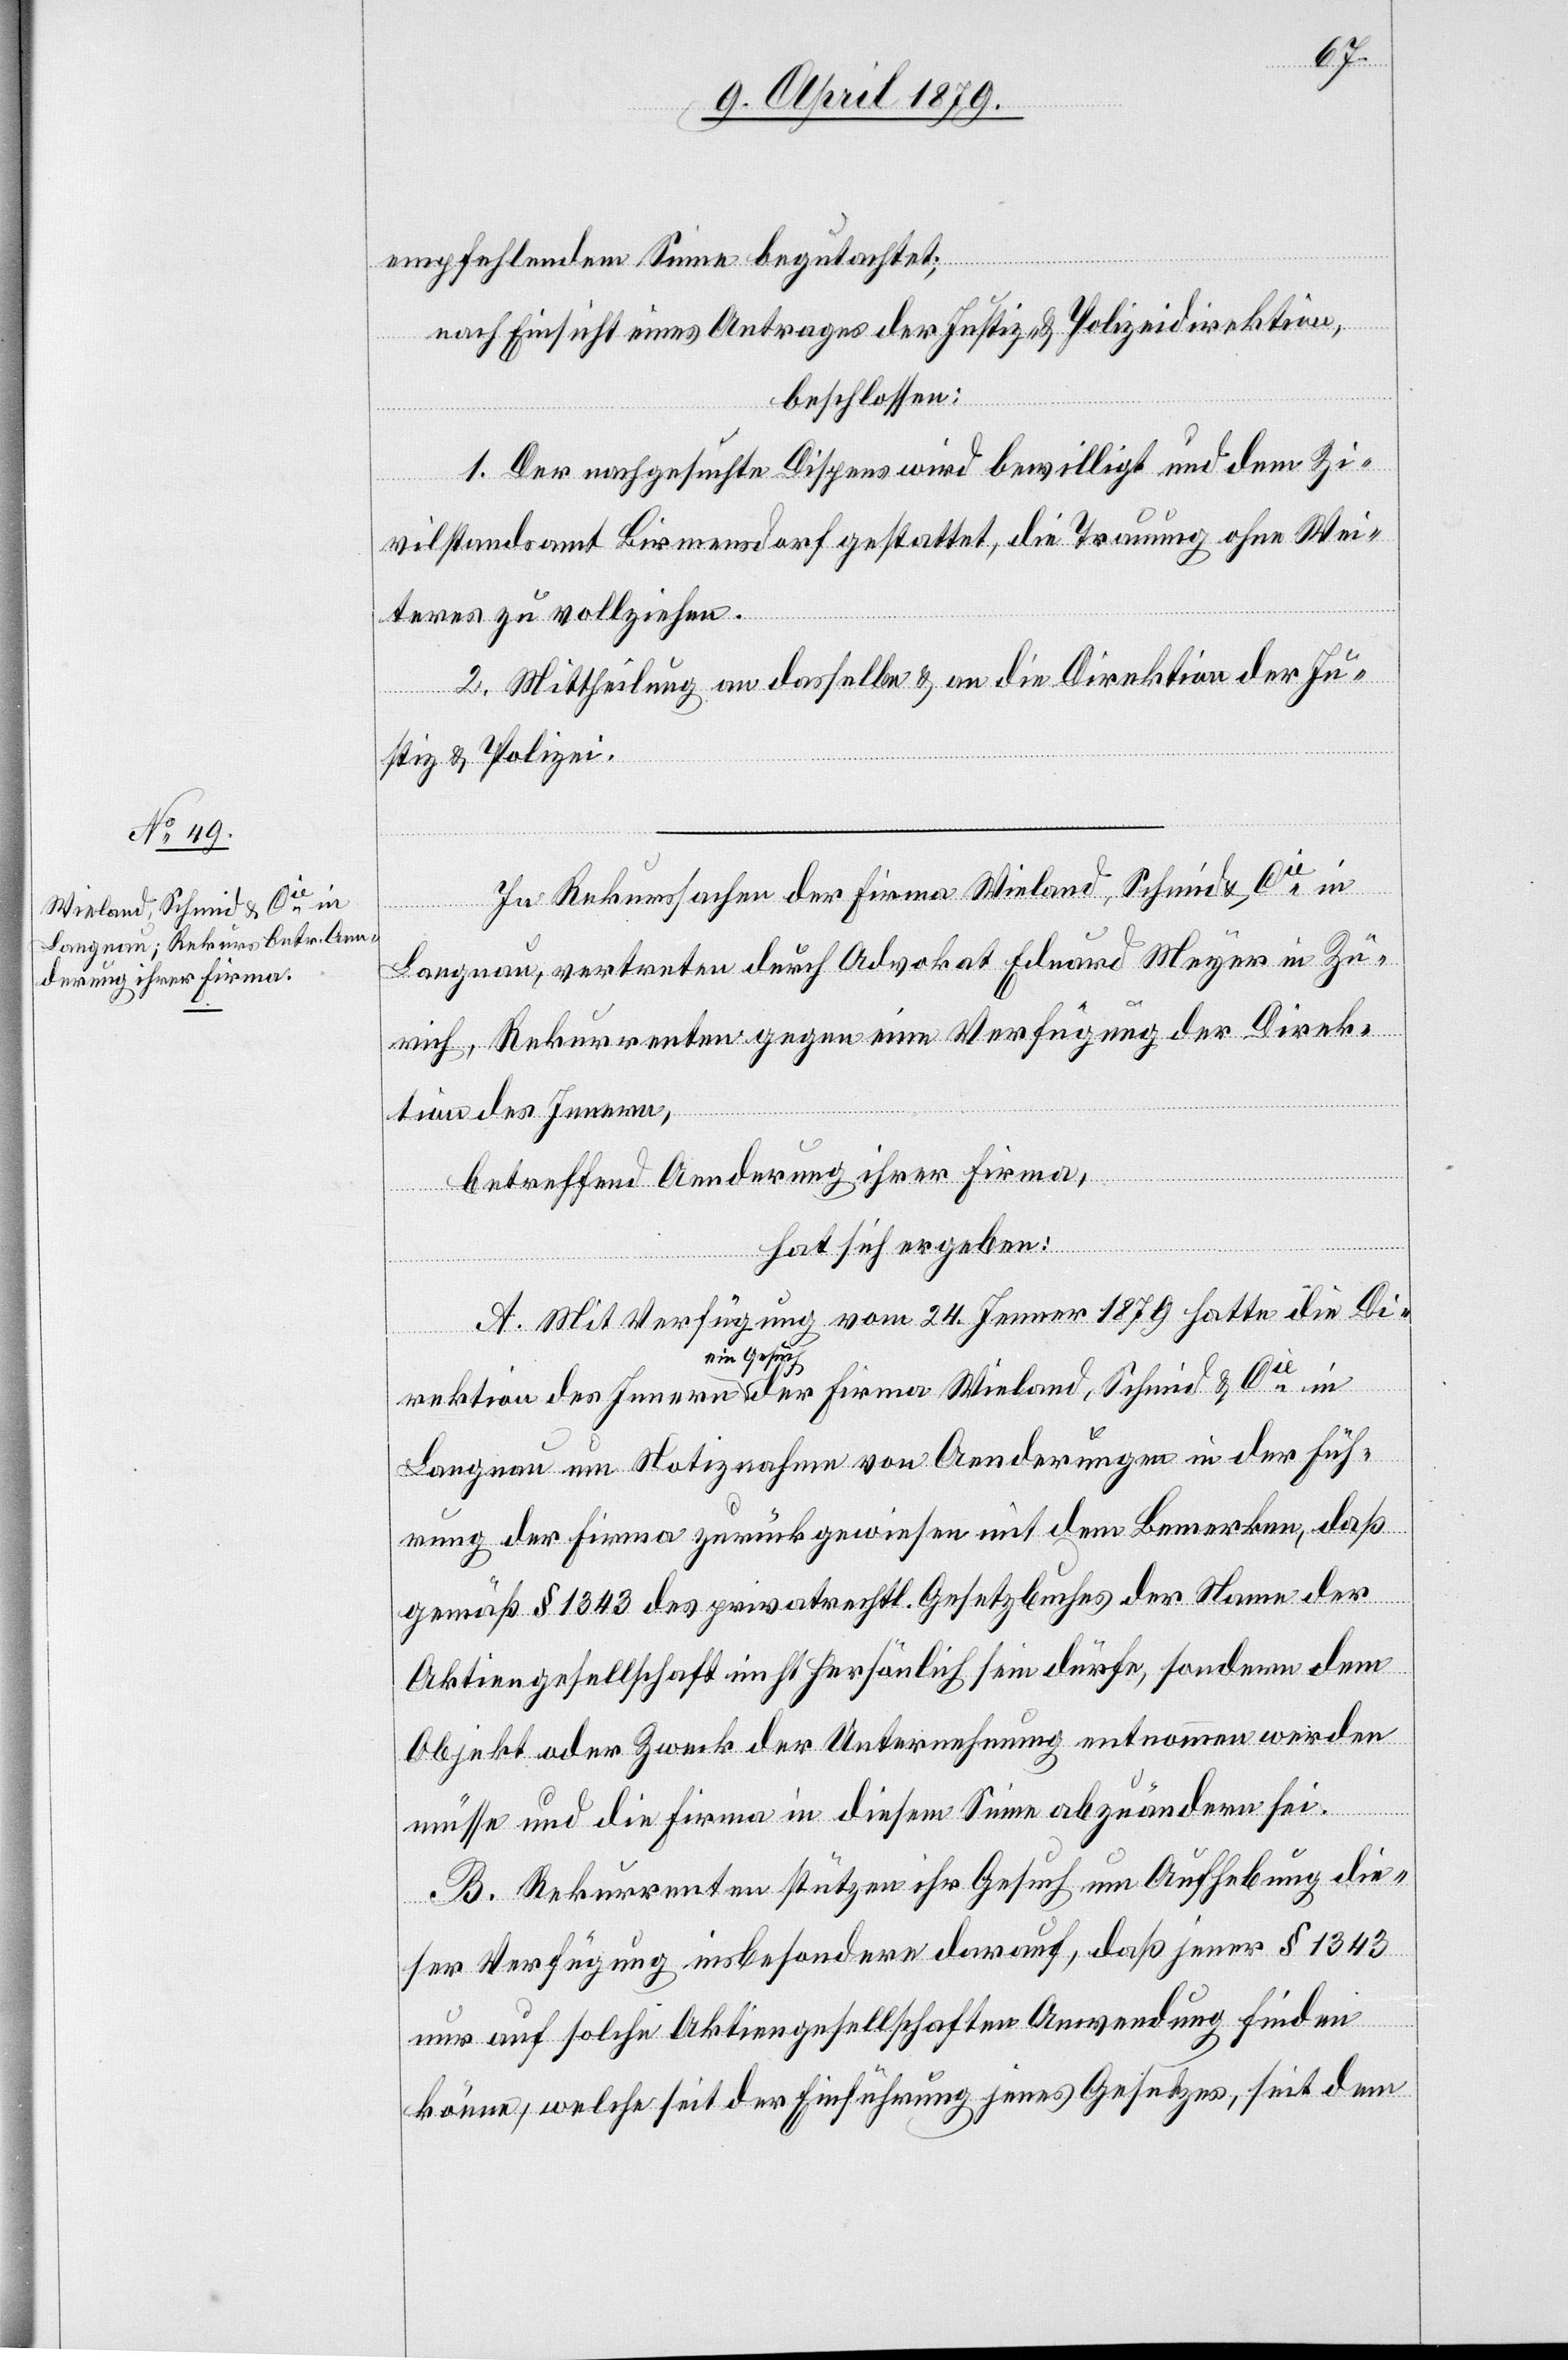
Wieland, Schmid & Cie in

empfehlendem Sinne begutachtet;
nach Einsicht eines Antrages der Justiz- & Polizeidirektion,
beschlossen:
1. Der nachgesuchte Dispens wird bewilligt und dem Zi¬
vilstandsamt Birmensdorf gestattet, die Trauung ohne Wei¬
teres zu vollziehen.
2. Mittheilung an dasselbe & an die Direktion der Ju¬
stiz & Polizei.
In Rekurssachen der Firma Wieland, Schmid & Cie in
Langnau, vertreten durch Advokat Eduard Meyer in Zü¬
rich, Rekurrenten gegen eine Verfügung der Direk¬
tion des Innern
betreffend Aenderung ihrer Firma,
hat sich ergeben:
A. Mit Verfügung vom 24. Jenner 1879 hatte die Di¬
ein Gesuch
Langnau um Notiznahme von Aenderungen in der Füh¬
rung der Firma zurückgewiesen mit dem Bemerken, daß
der
gemäß § 1343 des privatrechtl. Gesetzbuches der Name der
Aktiengesellschaft nicht persönlich sein dürfe, sondern dem
Objekt oder Zweck der Unternehmung entnommen werden
müsse und die Firma in diesem Sinne abzuändern sei.
B. Rekurrenten stützen ihr Gesuch um Aufhebung die¬
ser Verfügung insbesondere darauf, daß jener § 1343
nur auf solche Aktiengesellschaften Anwendung finden
könne, welche seit der Einführung jenes Gesetzes, seit dem